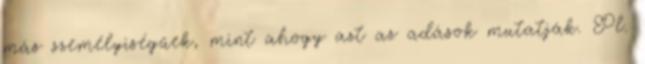
más személyiségűek, mint ahogy azt az adások mutatják. Pl.